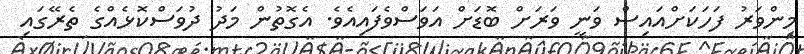
މިންވަރު ފަހަކަށްއައިސް ވަނީ ވަރަށް ބޮޑަށް އަވަސްވެފައިއެވެ. އެގޮތުން މަދު ދުވަސްކޮޅެއްގެ ތެރޭގައި